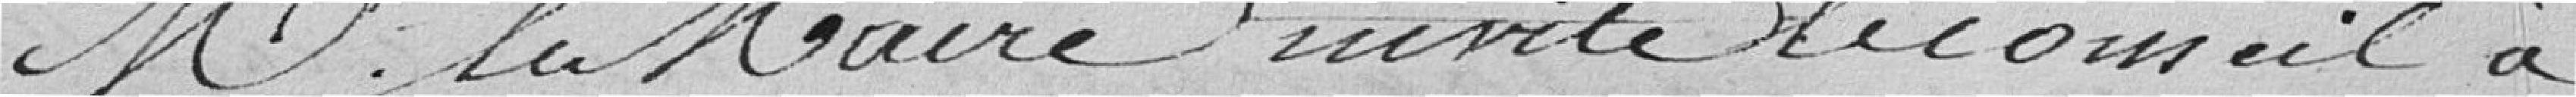
Monsieur le Maire invite le Conseil à